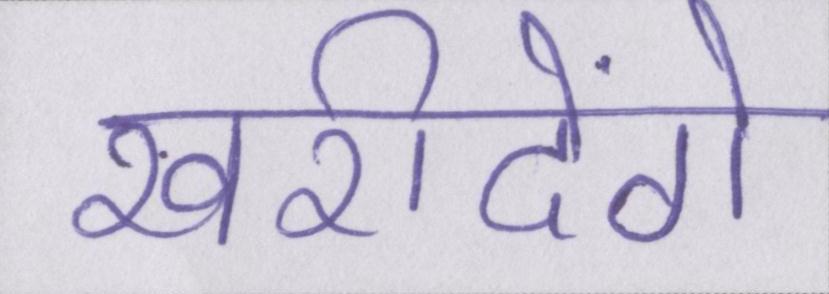
खरीदेंगे